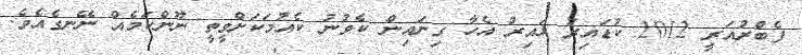
ފެބްރުއަރީ 2012 ކުޑައިރު ޅައިރު އެހާ ގިނައިން ކެވުނު ކެއުމަކަށްވީތީ ނޫންކަމެއް ނޭނގެއެވެ.